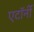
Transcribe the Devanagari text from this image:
एटाॅर्नी